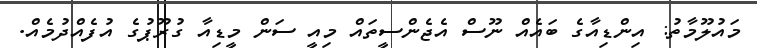
މައުލޫމާތު: އިންޑިއާގެ ބައެއް ނޫސް އެޖެންސީތައް މިއީ ސަން މީޑިއާ ގުރޫޕުގެ އުފެއްދުމެއް.